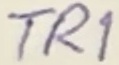
Text: TR1